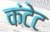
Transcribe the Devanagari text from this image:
कंटेट